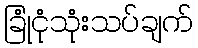
ခြုံငုံသုံးသပ်ချက်